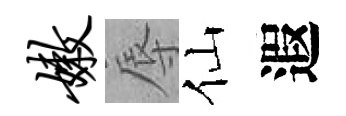
嫩辱仙遐